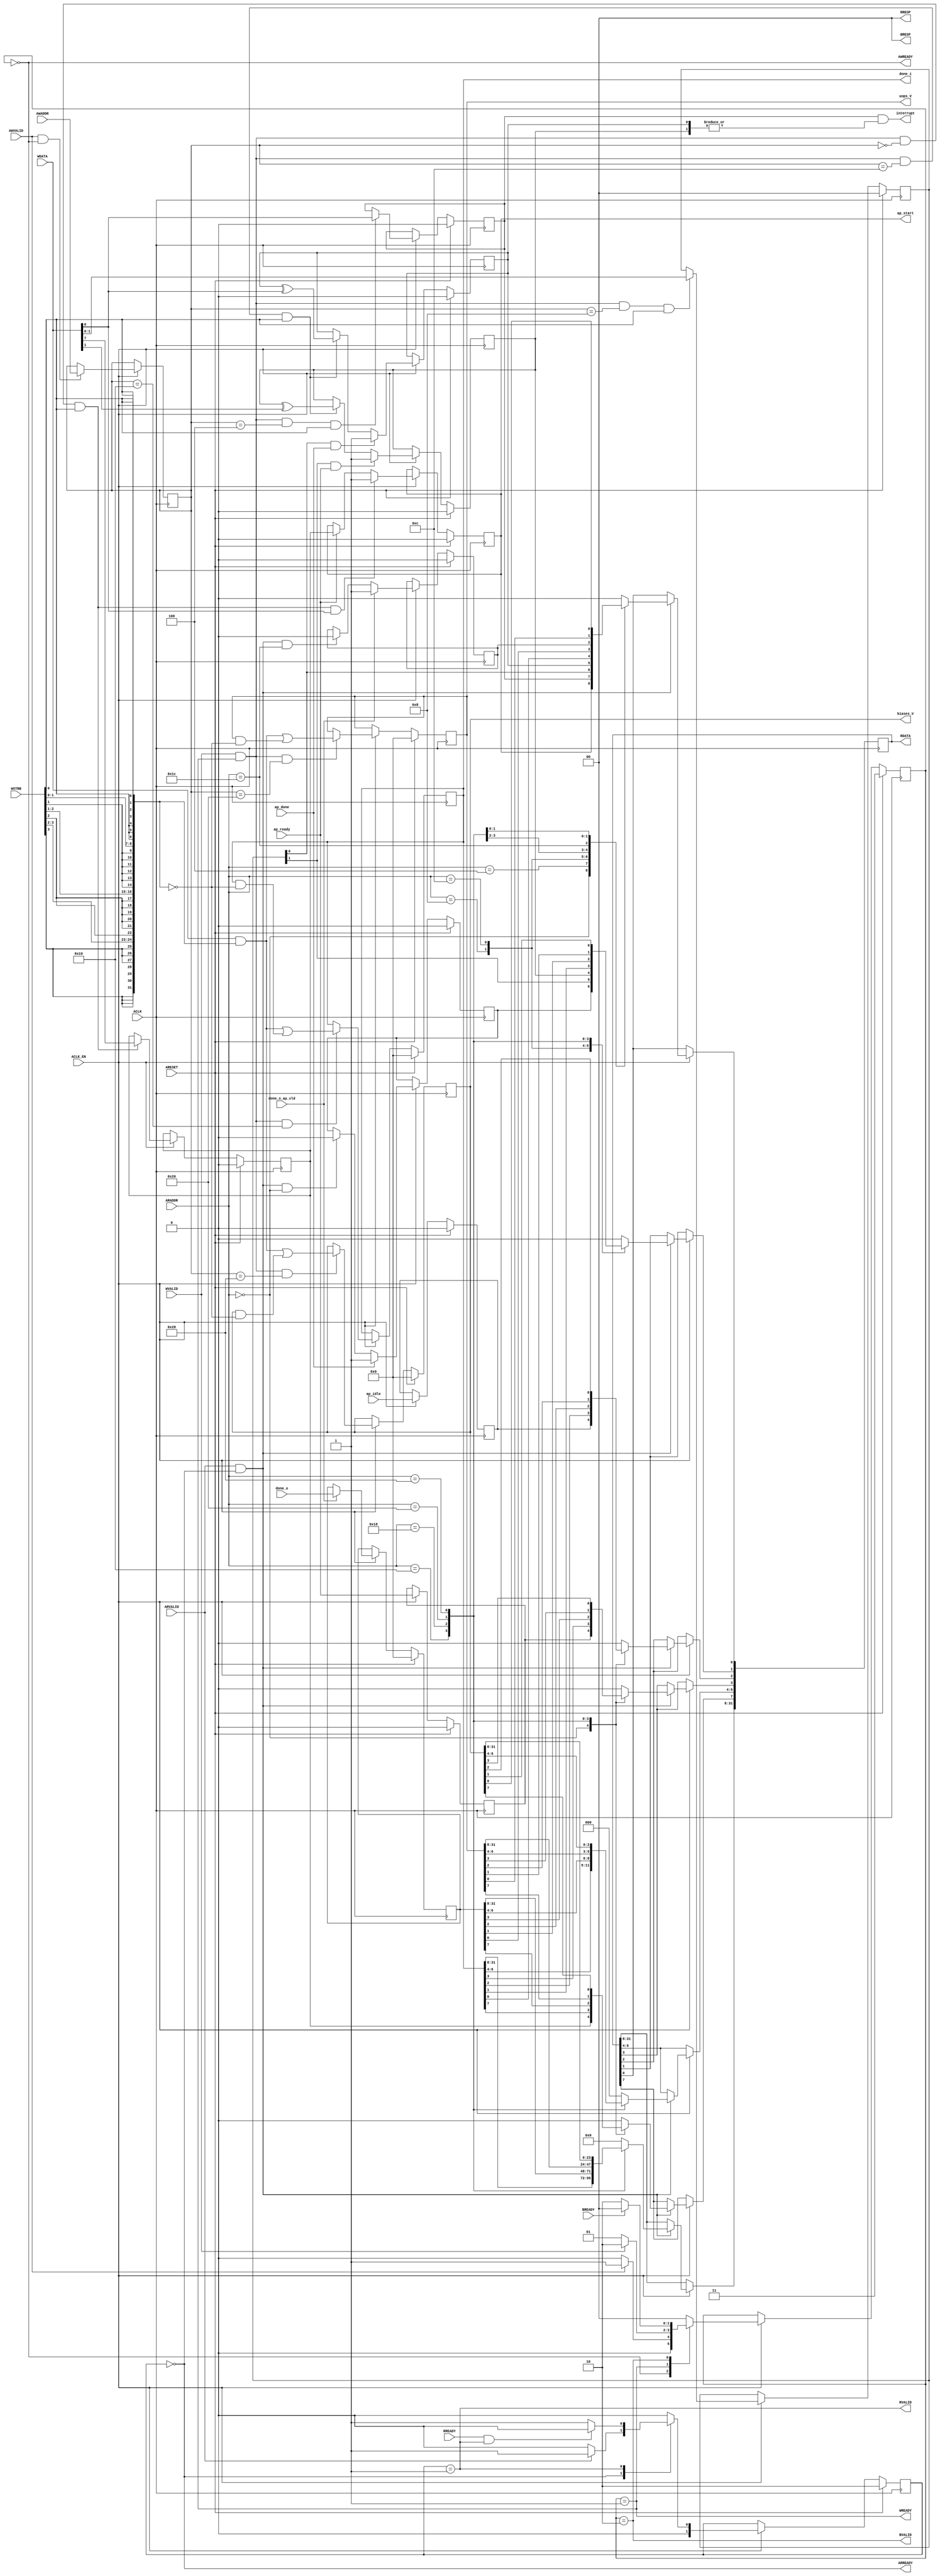
// ==============================================================
// Vivado(TM) HLS - High-Level Synthesis from C, C++ and SystemC v2020.1.1 (64-bit)
// Copyright 1986-2020 Xilinx, Inc. All Rights Reserved.
// ==============================================================
`timescale 1ns/1ps
module compute_CONTROL_BUS_s_axi
#(parameter
    C_S_AXI_ADDR_WIDTH = 6,
    C_S_AXI_DATA_WIDTH = 32
)(
    input  wire                          ACLK,
    input  wire                          ARESET,
    input  wire                          ACLK_EN,
    input  wire [C_S_AXI_ADDR_WIDTH-1:0] AWADDR,
    input  wire                          AWVALID,
    output wire                          AWREADY,
    input  wire [C_S_AXI_DATA_WIDTH-1:0] WDATA,
    input  wire [C_S_AXI_DATA_WIDTH/8-1:0] WSTRB,
    input  wire                          WVALID,
    output wire                          WREADY,
    output wire [1:0]                    BRESP,
    output wire                          BVALID,
    input  wire                          BREADY,
    input  wire [C_S_AXI_ADDR_WIDTH-1:0] ARADDR,
    input  wire                          ARVALID,
    output wire                          ARREADY,
    output wire [C_S_AXI_DATA_WIDTH-1:0] RDATA,
    output wire [1:0]                    RRESP,
    output wire                          RVALID,
    input  wire                          RREADY,
    output wire                          interrupt,
    output wire [31:0]                   done_i,
    input  wire [31:0]                   done_o,
    input  wire                          done_o_ap_vld,
    output wire                          ap_start,
    input  wire                          ap_done,
    input  wire                          ap_ready,
    input  wire                          ap_idle,
    output wire [31:0]                   uops_V,
    output wire [31:0]                   biases_V
);
//------------------------Address Info-------------------
// 0x00 : Control signals
//        bit 0  - ap_start (Read/Write/COH)
//        bit 1  - ap_done (Read/COR)
//        bit 2  - ap_idle (Read)
//        bit 3  - ap_ready (Read)
//        bit 7  - auto_restart (Read/Write)
//        others - reserved
// 0x04 : Global Interrupt Enable Register
//        bit 0  - Global Interrupt Enable (Read/Write)
//        others - reserved
// 0x08 : IP Interrupt Enable Register (Read/Write)
//        bit 0  - Channel 0 (ap_done)
//        bit 1  - Channel 1 (ap_ready)
//        others - reserved
// 0x0c : IP Interrupt Status Register (Read/TOW)
//        bit 0  - Channel 0 (ap_done)
//        bit 1  - Channel 1 (ap_ready)
//        others - reserved
// 0x10 : Data signal of done_i
//        bit 31~0 - done_i[31:0] (Read/Write)
// 0x14 : reserved
// 0x18 : Data signal of done_o
//        bit 31~0 - done_o[31:0] (Read)
// 0x1c : Control signal of done_o
//        bit 0  - done_o_ap_vld (Read/COR)
//        others - reserved
// 0x20 : Data signal of uops_V
//        bit 31~0 - uops_V[31:0] (Read/Write)
// 0x24 : reserved
// 0x28 : Data signal of biases_V
//        bit 31~0 - biases_V[31:0] (Read/Write)
// 0x2c : reserved
// (SC = Self Clear, COR = Clear on Read, TOW = Toggle on Write, COH = Clear on Handshake)

//------------------------Parameter----------------------
localparam
    ADDR_AP_CTRL         = 6'h00,
    ADDR_GIE             = 6'h04,
    ADDR_IER             = 6'h08,
    ADDR_ISR             = 6'h0c,
    ADDR_DONE_I_DATA_0   = 6'h10,
    ADDR_DONE_I_CTRL     = 6'h14,
    ADDR_DONE_O_DATA_0   = 6'h18,
    ADDR_DONE_O_CTRL     = 6'h1c,
    ADDR_UOPS_V_DATA_0   = 6'h20,
    ADDR_UOPS_V_CTRL     = 6'h24,
    ADDR_BIASES_V_DATA_0 = 6'h28,
    ADDR_BIASES_V_CTRL   = 6'h2c,
    WRIDLE               = 2'd0,
    WRDATA               = 2'd1,
    WRRESP               = 2'd2,
    WRRESET              = 2'd3,
    RDIDLE               = 2'd0,
    RDDATA               = 2'd1,
    RDRESET              = 2'd2,
    ADDR_BITS         = 6;

//------------------------Local signal-------------------
    reg  [1:0]                    wstate = WRRESET;
    reg  [1:0]                    wnext;
    reg  [ADDR_BITS-1:0]          waddr;
    wire [31:0]                   wmask;
    wire                          aw_hs;
    wire                          w_hs;
    reg  [1:0]                    rstate = RDRESET;
    reg  [1:0]                    rnext;
    reg  [31:0]                   rdata;
    wire                          ar_hs;
    wire [ADDR_BITS-1:0]          raddr;
    // internal registers
    reg                           int_ap_idle;
    reg                           int_ap_ready;
    reg                           int_ap_done = 1'b0;
    reg                           int_ap_start = 1'b0;
    reg                           int_auto_restart = 1'b0;
    reg                           int_gie = 1'b0;
    reg  [1:0]                    int_ier = 2'b0;
    reg  [1:0]                    int_isr = 2'b0;
    reg  [31:0]                   int_done_i = 'b0;
    reg  [31:0]                   int_done_o = 'b0;
    reg                           int_done_o_ap_vld;
    reg  [31:0]                   int_uops_V = 'b0;
    reg  [31:0]                   int_biases_V = 'b0;

//------------------------Instantiation------------------

//------------------------AXI write fsm------------------
assign AWREADY = (wstate == WRIDLE);
assign WREADY  = (wstate == WRDATA);
assign BRESP   = 2'b00;  // OKAY
assign BVALID  = (wstate == WRRESP);
assign wmask   = { {8{WSTRB[3]}}, {8{WSTRB[2]}}, {8{WSTRB[1]}}, {8{WSTRB[0]}} };
assign aw_hs   = AWVALID & AWREADY;
assign w_hs    = WVALID & WREADY;

// wstate
always @(posedge ACLK) begin
    if (ARESET)
        wstate <= WRRESET;
    else if (ACLK_EN)
        wstate <= wnext;
end

// wnext
always @(*) begin
    case (wstate)
        WRIDLE:
            if (AWVALID)
                wnext = WRDATA;
            else
                wnext = WRIDLE;
        WRDATA:
            if (WVALID)
                wnext = WRRESP;
            else
                wnext = WRDATA;
        WRRESP:
            if (BREADY)
                wnext = WRIDLE;
            else
                wnext = WRRESP;
        default:
            wnext = WRIDLE;
    endcase
end

// waddr
always @(posedge ACLK) begin
    if (ACLK_EN) begin
        if (aw_hs)
            waddr <= AWADDR[ADDR_BITS-1:0];
    end
end

//------------------------AXI read fsm-------------------
assign ARREADY = (rstate == RDIDLE);
assign RDATA   = rdata;
assign RRESP   = 2'b00;  // OKAY
assign RVALID  = (rstate == RDDATA);
assign ar_hs   = ARVALID & ARREADY;
assign raddr   = ARADDR[ADDR_BITS-1:0];

// rstate
always @(posedge ACLK) begin
    if (ARESET)
        rstate <= RDRESET;
    else if (ACLK_EN)
        rstate <= rnext;
end

// rnext
always @(*) begin
    case (rstate)
        RDIDLE:
            if (ARVALID)
                rnext = RDDATA;
            else
                rnext = RDIDLE;
        RDDATA:
            if (RREADY & RVALID)
                rnext = RDIDLE;
            else
                rnext = RDDATA;
        default:
            rnext = RDIDLE;
    endcase
end

// rdata
always @(posedge ACLK) begin
    if (ACLK_EN) begin
        if (ar_hs) begin
            rdata <= 1'b0;
            case (raddr)
                ADDR_AP_CTRL: begin
                    rdata[0] <= int_ap_start;
                    rdata[1] <= int_ap_done;
                    rdata[2] <= int_ap_idle;
                    rdata[3] <= int_ap_ready;
                    rdata[7] <= int_auto_restart;
                end
                ADDR_GIE: begin
                    rdata <= int_gie;
                end
                ADDR_IER: begin
                    rdata <= int_ier;
                end
                ADDR_ISR: begin
                    rdata <= int_isr;
                end
                ADDR_DONE_I_DATA_0: begin
                    rdata <= int_done_i[31:0];
                end
                ADDR_DONE_O_DATA_0: begin
                    rdata <= int_done_o[31:0];
                end
                ADDR_DONE_O_CTRL: begin
                    rdata[0] <= int_done_o_ap_vld;
                end
                ADDR_UOPS_V_DATA_0: begin
                    rdata <= int_uops_V[31:0];
                end
                ADDR_BIASES_V_DATA_0: begin
                    rdata <= int_biases_V[31:0];
                end
            endcase
        end
    end
end


//------------------------Register logic-----------------
assign interrupt = int_gie & (|int_isr);
assign ap_start  = int_ap_start;
assign done_i    = int_done_i;
assign uops_V    = int_uops_V;
assign biases_V  = int_biases_V;
// int_ap_start
always @(posedge ACLK) begin
    if (ARESET)
        int_ap_start <= 1'b0;
    else if (ACLK_EN) begin
        if (w_hs && waddr == ADDR_AP_CTRL && WSTRB[0] && WDATA[0])
            int_ap_start <= 1'b1;
        else if (ap_ready)
            int_ap_start <= int_auto_restart; // clear on handshake/auto restart
    end
end

// int_ap_done
always @(posedge ACLK) begin
    if (ARESET)
        int_ap_done <= 1'b0;
    else if (ACLK_EN) begin
        if (ap_done)
            int_ap_done <= 1'b1;
        else if (ar_hs && raddr == ADDR_AP_CTRL)
            int_ap_done <= 1'b0; // clear on read
    end
end

// int_ap_idle
always @(posedge ACLK) begin
    if (ARESET)
        int_ap_idle <= 1'b0;
    else if (ACLK_EN) begin
            int_ap_idle <= ap_idle;
    end
end

// int_ap_ready
always @(posedge ACLK) begin
    if (ARESET)
        int_ap_ready <= 1'b0;
    else if (ACLK_EN) begin
            int_ap_ready <= ap_ready;
    end
end

// int_auto_restart
always @(posedge ACLK) begin
    if (ARESET)
        int_auto_restart <= 1'b0;
    else if (ACLK_EN) begin
        if (w_hs && waddr == ADDR_AP_CTRL && WSTRB[0])
            int_auto_restart <=  WDATA[7];
    end
end

// int_gie
always @(posedge ACLK) begin
    if (ARESET)
        int_gie <= 1'b0;
    else if (ACLK_EN) begin
        if (w_hs && waddr == ADDR_GIE && WSTRB[0])
            int_gie <= WDATA[0];
    end
end

// int_ier
always @(posedge ACLK) begin
    if (ARESET)
        int_ier <= 1'b0;
    else if (ACLK_EN) begin
        if (w_hs && waddr == ADDR_IER && WSTRB[0])
            int_ier <= WDATA[1:0];
    end
end

// int_isr[0]
always @(posedge ACLK) begin
    if (ARESET)
        int_isr[0] <= 1'b0;
    else if (ACLK_EN) begin
        if (int_ier[0] & ap_done)
            int_isr[0] <= 1'b1;
        else if (w_hs && waddr == ADDR_ISR && WSTRB[0])
            int_isr[0] <= int_isr[0] ^ WDATA[0]; // toggle on write
    end
end

// int_isr[1]
always @(posedge ACLK) begin
    if (ARESET)
        int_isr[1] <= 1'b0;
    else if (ACLK_EN) begin
        if (int_ier[1] & ap_ready)
            int_isr[1] <= 1'b1;
        else if (w_hs && waddr == ADDR_ISR && WSTRB[0])
            int_isr[1] <= int_isr[1] ^ WDATA[1]; // toggle on write
    end
end

// int_done_i[31:0]
always @(posedge ACLK) begin
    if (ARESET)
        int_done_i[31:0] <= 0;
    else if (ACLK_EN) begin
        if (w_hs && waddr == ADDR_DONE_I_DATA_0)
            int_done_i[31:0] <= (WDATA[31:0] & wmask) | (int_done_i[31:0] & ~wmask);
    end
end

// int_done_o
always @(posedge ACLK) begin
    if (ARESET)
        int_done_o <= 0;
    else if (ACLK_EN) begin
        if (done_o_ap_vld)
            int_done_o <= done_o;
    end
end

// int_done_o_ap_vld
always @(posedge ACLK) begin
    if (ARESET)
        int_done_o_ap_vld <= 1'b0;
    else if (ACLK_EN) begin
        if (done_o_ap_vld)
            int_done_o_ap_vld <= 1'b1;
        else if (ar_hs && raddr == ADDR_DONE_O_CTRL)
            int_done_o_ap_vld <= 1'b0; // clear on read
    end
end

// int_uops_V[31:0]
always @(posedge ACLK) begin
    if (ARESET)
        int_uops_V[31:0] <= 0;
    else if (ACLK_EN) begin
        if (w_hs && waddr == ADDR_UOPS_V_DATA_0)
            int_uops_V[31:0] <= (WDATA[31:0] & wmask) | (int_uops_V[31:0] & ~wmask);
    end
end

// int_biases_V[31:0]
always @(posedge ACLK) begin
    if (ARESET)
        int_biases_V[31:0] <= 0;
    else if (ACLK_EN) begin
        if (w_hs && waddr == ADDR_BIASES_V_DATA_0)
            int_biases_V[31:0] <= (WDATA[31:0] & wmask) | (int_biases_V[31:0] & ~wmask);
    end
end


//------------------------Memory logic-------------------

endmodule